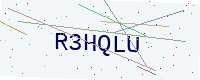
Text: R3HQLU